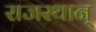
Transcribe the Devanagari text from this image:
राजस्थान्